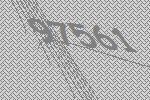
97561